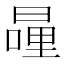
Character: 𭧍